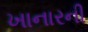
ખાનારની